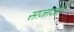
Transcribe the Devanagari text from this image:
सज़ाओं